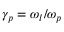
\gamma _ { p } = \omega _ { l } / \omega _ { p }